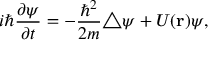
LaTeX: i \hbar { \frac { \partial \psi } { \partial t } } = - { \frac { { \hbar } ^ { 2 } } { 2 m } } \triangle \psi + U ( { \bf r } ) \psi ,